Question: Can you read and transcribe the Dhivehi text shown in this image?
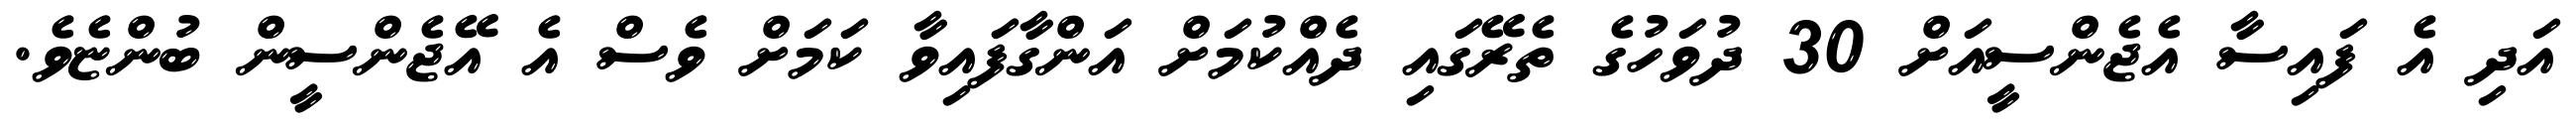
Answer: އަދި އެ ފައިސާ އެޖެންސީއަށް 30 ދުވަހުގެ ތެރޭގައި ދެއްކުމަށް އަންގާފައިވާ ކަމަށް ވެސް އެ އޭޖެންސީން ބުންޏެވެ.